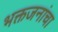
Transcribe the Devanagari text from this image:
भक्तजनांचा